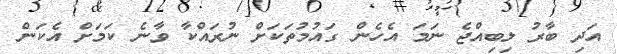
އަދި ބާރު ލިބިއްޖެ ނަަމަ އެހެން ގައުމުތަކަށް ނުރައްކާ ވާނެ ކަމަށް އެކަން